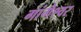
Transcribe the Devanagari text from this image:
गांगेश्वर